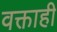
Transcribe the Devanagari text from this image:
वक्ताही